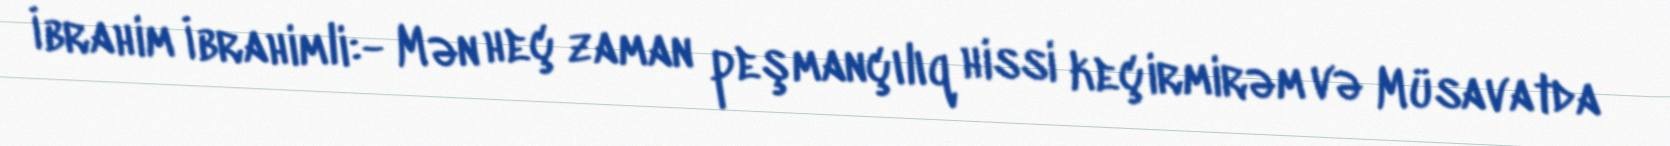
İbrahim İbrahimli:- Mən heç zaman peşmançılıq hissi keçirmirəm və Müsavatda